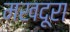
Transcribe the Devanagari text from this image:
मखदूरा